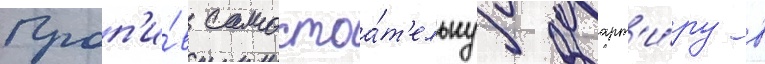
Проп'и́в самостоа́т'ельнуу кварт'и́ру в